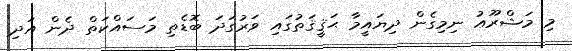
މި މަޝްރޫޢު ނިމިގެން ދިޔައީމާ ޙަޤީޤަތުގައި ވަރުގަދަ ބޮޑެތި މަސައްކަތް ދެން އަދި